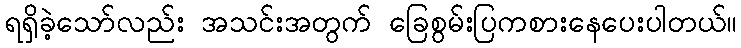
ရရှိခဲ့သော်လည်း အသင်းအတွက် ခြေစွမ်းပြကစားနေပေးပါတယ်။